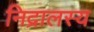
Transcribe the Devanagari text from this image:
निद्रालस्य